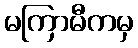
မကြာမီကမှ